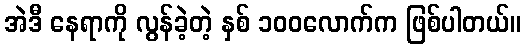
အဲဒီ နေရာကို လွန်ခဲ့တဲ့ နှစ် ၁၀၀လောက်က ဖြစ်ပါတယ်။